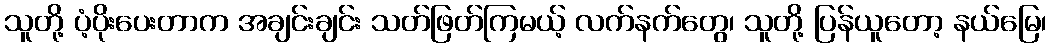
သူတို့ ပံ့ပိုးပေးတာက အချင်းချင်း သတ်ဖြတ်ကြမယ့် လက်နက်တွေ၊ သူတို့ ပြန်ယူတော့ နယ်မြေ၊